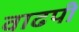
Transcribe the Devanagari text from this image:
वाढपी